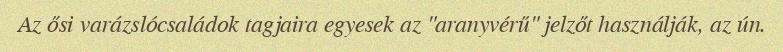
Az ősi varázslócsaládok tagjaira egyesek az "aranyvérű" jelzőt használják, az ún.